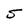
Character: 5